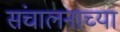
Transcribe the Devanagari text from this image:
संचालनाच्या